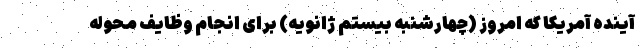
آینده آمریکا که امروز (چهارشنبه بیستم ژانویه) برای انجام وظایف محوله